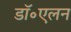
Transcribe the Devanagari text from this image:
डॉ॰एलन